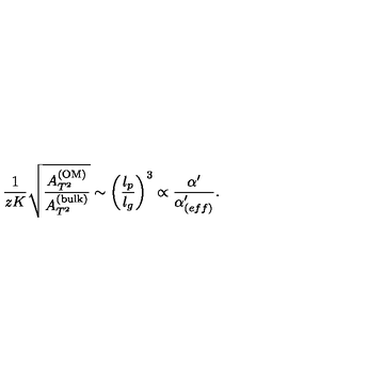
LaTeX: { \frac { 1 } { z K } } \sqrt { \frac { A _ { T ^ { 2 } } ^ { \mathrm { ( O M ) } } } { A _ { T ^ { 2 } } ^ { \mathrm { ( b u l k ) } } } } \sim \left( { \frac { l _ { p } } { l _ { g } } } \right) ^ { 3 } \propto { \frac { \alpha ^ { \prime } } { \alpha _ { ( e f f ) } ^ { \prime } } } .